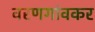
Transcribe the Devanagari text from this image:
वरणगांवकर